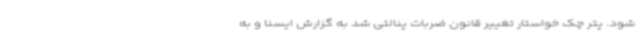
شود. پتر چک خواستار تغییر قانون ضربات پنالتی شد به گزارش ایسنا و به